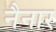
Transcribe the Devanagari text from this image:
नैनार